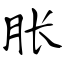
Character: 胀